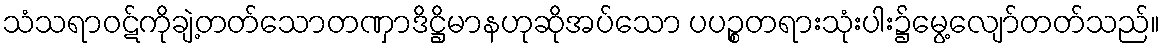
သံသရာဝဋ်ကိုချဲ့တတ်သောတဏှာဒိဋ္ဌိမာနဟုဆိုအပ်သော ပပဉ္စတရားသုံးပါး၌မွေ့လျော်တတ်သည်။